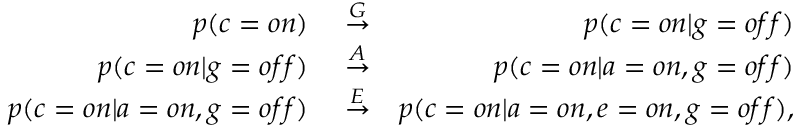
\begin{array} { r l r } { p ( c = { o n } ) } & { { } \stackrel { G } { \rightarrow } } & { p ( c = { o n } | g = { o f f } ) } \\ { p ( c = { o n } | g = { o f f } ) } & { { } \stackrel { A } { \rightarrow } } & { p ( c = { o n } | a = { o n } , g = { o f f } ) } \\ { p ( c = { o n } | a = { o n } , g = { o f f } ) } & { { } \stackrel { E } { \rightarrow } } & { p ( c = { o n } | a = { o n } , e = { o n } , g = { o f f } ) , } \end{array}